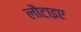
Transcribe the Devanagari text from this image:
लौटाइए